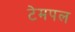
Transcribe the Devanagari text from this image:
टेमपल